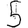
Digit: 5